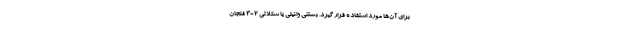
برای آن‌ها مورد استفاده قرار گیرد. بستنی وانیلی یا شکلاتی 2-3 فنجان